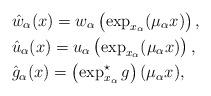
LaTeX: \begin{align*}&\hat{w}_\alpha(x)=w_\alpha\left(\exp_{x_\alpha}(\mu_\alpha x)\right),\\&\hat{u}_\alpha(x)=u_\alpha\left(\exp_{x_\alpha}(\mu_\alpha x)\right),\\&\hat{g}_\alpha(x)=\left(\exp^\star_{x_\alpha}g\right)(\mu_\alpha x),\end{align*}